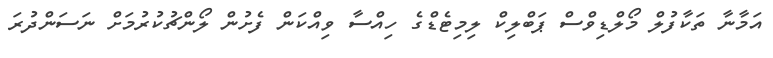
އަމާނާ ތަކާފުލް މޯލްޑިވްސް ޕަބްލިކް ލިމިޓެޑްގެ ހިއްސާ ވިއްކަން ފެށުން ލޯންޗުކުރުމަށް ނަސަންދުރަ